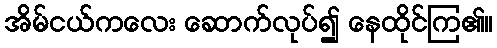
အိမ်ငယ်ကလေး ဆောက်လုပ်၍ နေထိုင်ကြ၏။